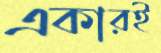
একারই